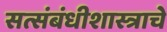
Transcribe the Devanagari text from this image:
सत्संबंधीशास्त्राचे